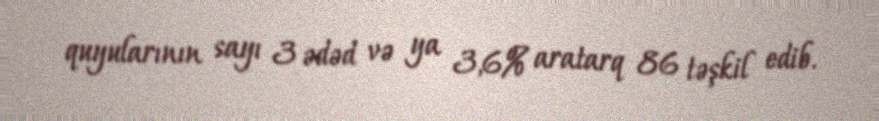
quyularının sayı 3 ədəd və ya 3,6% aratarq 86 təşkil edib.